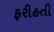
ફરીહતી